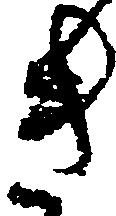
き